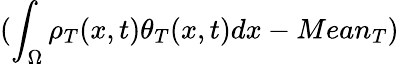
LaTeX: (\int_{\Omega}\rho_{T}(x,t)\theta_{T}(x,t)dx-Mean_{T})